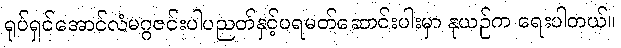
ရုပ်ရှင်အောင်လံမဂ္ဂဇင်းပါပညတ်နှင့်ပရမတ်ဆောင်းပါးမှာ နုယဉ်က ရေးပါတယ်။